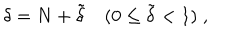
\delta = N + \tilde { \delta } \quad ( 0 \le \tilde { \delta } < 1 ) \; ,